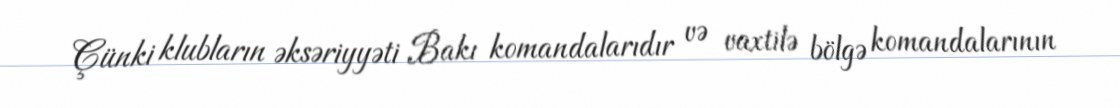
Çünki klubların əksəriyyəti Bakı komandalarıdır və vaxtilə bölgə komandalarının